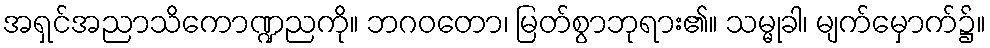
အရှင်အညာသိကောဏ္ဍညကို။ ဘဂဝတော၊ မြတ်စွာဘုရား၏။ သမ္မုခါ၊ မျက်မှောက်၌။